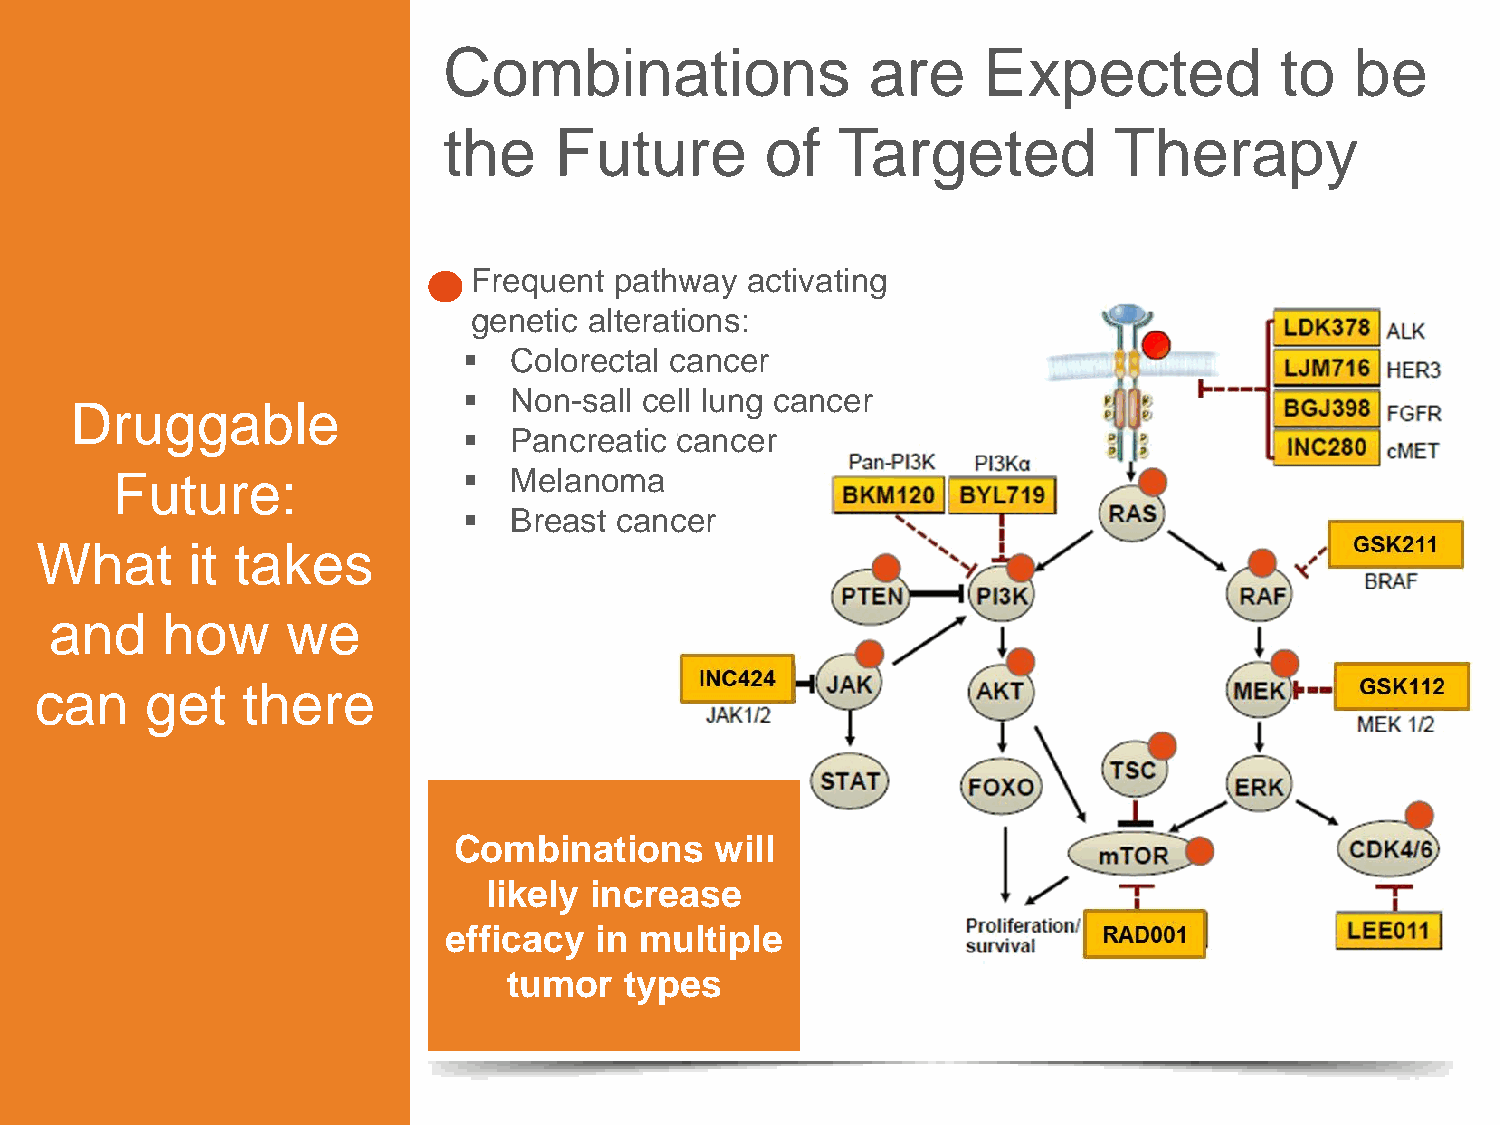
Combinations                 are    Expected            to   be
 the     Future        of  Targeted           Therapy
 Frequent  pathway activating
 genetic alterations:
   Colorectal cancer
   Non-sall cell lung cancer
 Druggable
   Pancreatic cancer
 Future:                   Melanoma
   Breast cancer
 What      it takes
 and     how     we
 can     get   there
 Combinations     will
 likely increase
 efficacy  in multiple
 tumor  types
 20